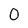
Character: 0